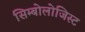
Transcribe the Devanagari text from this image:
सिम्बोलोजिस्ट